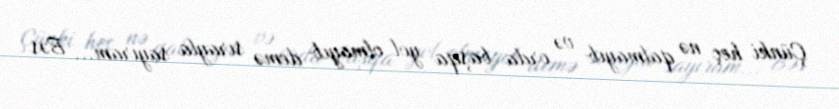
Çünki heç nə qalmayıb və orda başqa yol olmayıb demə sırayla sayıram... Bəs